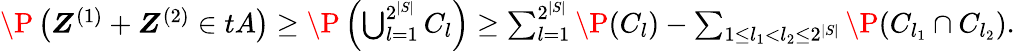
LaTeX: \begin{array}{r}{\P\left(\boldsymbol Z^{(1)}+\boldsymbol Z^{(2)}\in tA\right)\geq\P\left(\bigcup_{l=1}^{2^{|S|}}C_{l}\right)\geq\sum_{l=1}^{2^{|S|}}\P(C_{l})-\sum_{1\leq l_{1}<l_{2}\leq 2^{|S|}}\P(C_{l_{1}}\cap C_{l_{2}}).}\end{array}